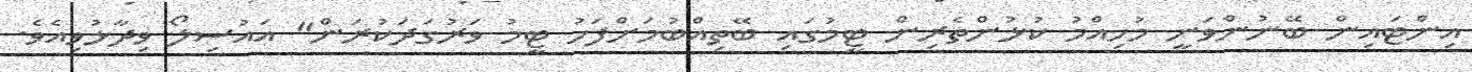
އިންޓައިން ބޭނުންވަނީ މުހިއްމު ކުޅުންތެރިން ޓީމުގައި ބޭތިއްބުމަށްފަހު ޓީމު ވަރުގަދަކުރަން" އައުސިލޯ ވިދާޅުވިއެވެ.